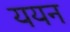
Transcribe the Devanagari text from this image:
ययन